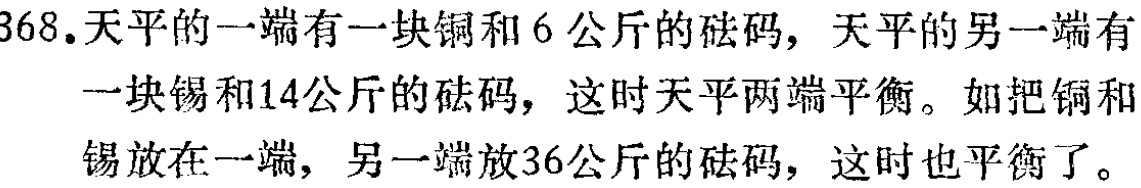
368.天平的一端有一块铜和6公斤的砝码，天平的另一端有一块锡和14公斤的砝码，这时天平两端平衡。如把铜和锡放在一端，另一端放36公斤的砝码，这时也平衡了。